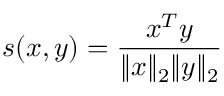
s ( x , y ) = \frac { x ^ { T } y } { \Vert x \Vert _ { 2 } \Vert y \Vert _ { 2 } }